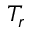
T _ { r }